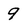
Character: 9